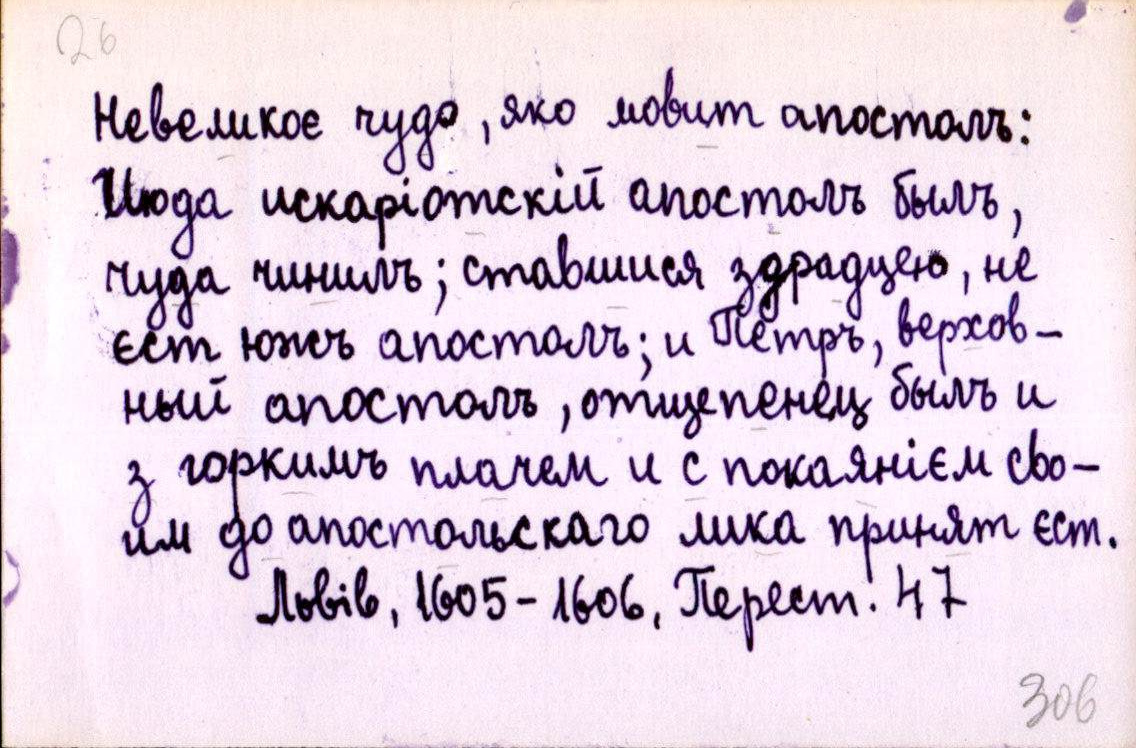
Невеликоє чудо, яко мовит апостолъ:
Июда искаріотскій апостолъ былъ,
чуда чинилъ; ставшися здрадцею, не
єст южъ апостолъ; и Петръ, верхов-
ный апостолъ, отщепенец былъ и
з горкимъ плачем и с покаянієм сво-
им до апостольскаго лика принят єст.
Львів, 1605-1606, Перест. 47